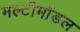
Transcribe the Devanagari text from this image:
मल्टीमॉडल